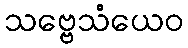
သဗ္ဗေသံယေဝ